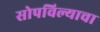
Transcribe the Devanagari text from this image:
सोपविल्याचा